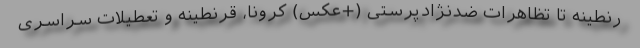
رنطینه تا تظاهرات ضدنژادپرستی (+عکس) کرونا، قرنطینه و تعطیلات سراسری